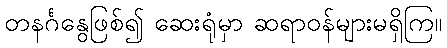
တနင်္ဂနွေဖြစ်၍ ဆေးရုံမှာ ဆရာဝန်များမရှိကြ။